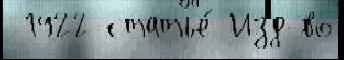
 1922 статье́ Изд-во